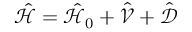
\hat { \mathcal { H } } = \hat { \mathcal { H } } _ { 0 } + \hat { \mathcal { V } } + \hat { \mathcal { D } }